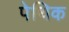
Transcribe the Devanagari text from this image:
पेथिक